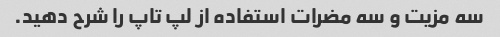
سه مزیت و سه مضرات استفاده از لپ تاپ را شرح دهید.